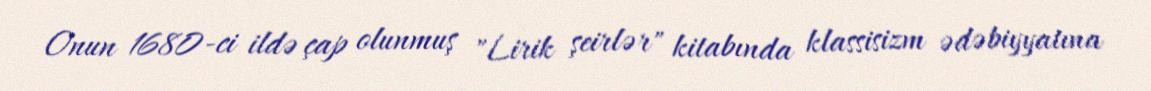
Onun 1680-ci ildə çap olunmuş "Lirik şeirlər" kitabında klassisizm ədəbiyyatına